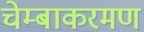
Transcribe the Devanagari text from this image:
चेम्बाकरमण